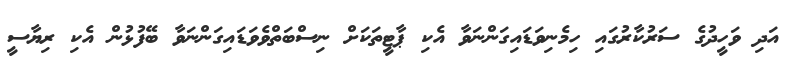
އަދި ވަހީދުގެ ސަރުކާރުގައި ހިމެނިވަޑައިގަންނަވާ އެކި ޕާޓީތަކަށް ނިސްބަތްވެވަޑައިގަންނަވާ ބޭފުޅުން އެކި ރިޔާސީ